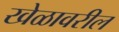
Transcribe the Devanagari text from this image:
खेळावरील